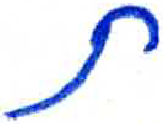
אות: ת